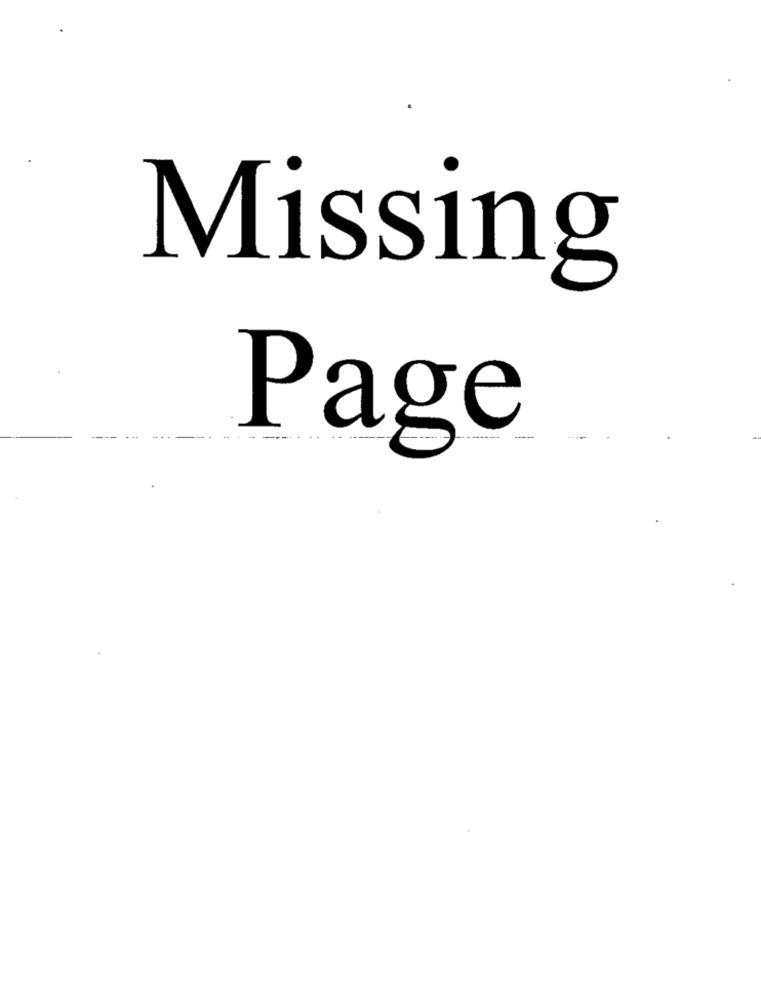
Missing
Page